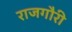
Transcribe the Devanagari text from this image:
राजगौरी